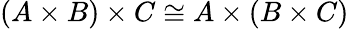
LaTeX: (A\times B)\times C\cong A\times(B\times C)